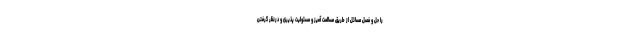
را حل و فصل مسائل از طریق مسالمت آمیز و مسئولیت پذیری و درنظر گرفتن